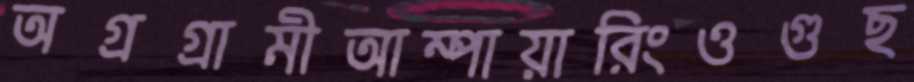
অগ্রগ্রামীআম্পায়ারিংওগুছ